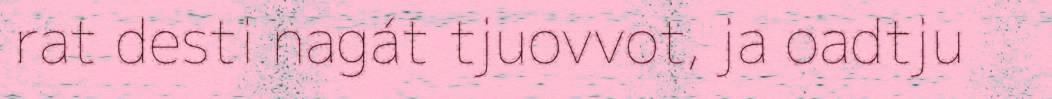
rat desti nagát tjuovvot, ja oadtju